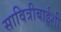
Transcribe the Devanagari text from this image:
सावित्रीबाईशी